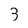
Character: 3